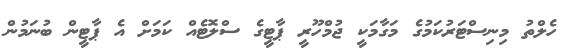
ހެލްތު މިނިސްޓަރުކަމުގެ މަގާމަކީ ޖުމްހޫރީ ޕާޓީގެ ސްލޮޓެއް ކަމަށް އެ ޕާޓީން ބުނަމުން